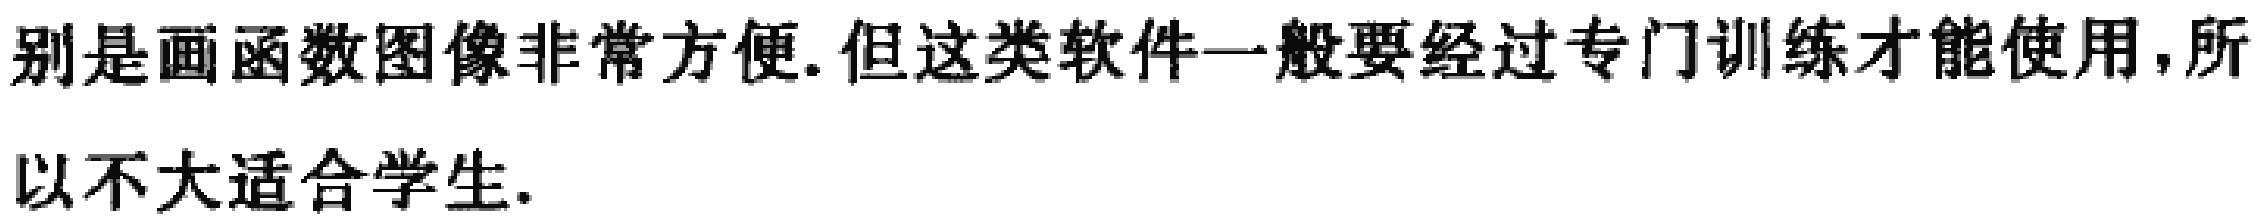
别是画函数图像非常方便.但这类软件一般要经过专门训练才能使用,所以不大适合学生.